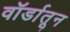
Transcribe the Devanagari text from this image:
वॉर्डातून